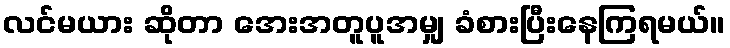
လင်မယား ဆိုတာ အေးအတူပူအမျှ ခံစားပြီးနေကြရမယ်။